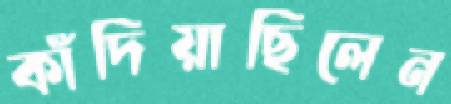
কাঁদিয়াছিলেন